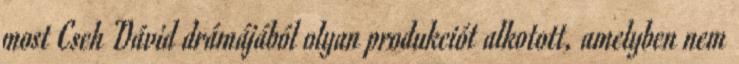
most Cseh Dávid drámájából olyan produkciót alkotott, amelyben nem